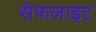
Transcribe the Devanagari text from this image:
सेफलाइट